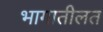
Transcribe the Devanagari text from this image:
भागातीलत